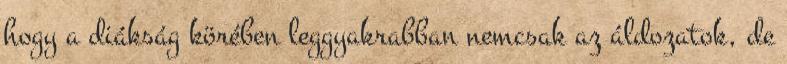
hogy a diákság körében leggyakrabban nemcsak az áldozatok, de